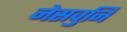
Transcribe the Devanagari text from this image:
नेसवुनि